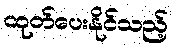
ထုတ်ပေးနိုင်သည့်